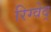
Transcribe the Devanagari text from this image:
रिग्वेद्